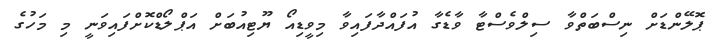
ޕޮލޭންޑަށް ނިސްބަތްވާ ސިލްވެސްޓާ ވާޑެގާ އުފައްދާފައިވާ މިވީޑިއޯ ޔޫޓިއުބަށް އަޕްލޯޑްކޮށްފައިވަނީ މި މަހުގެ